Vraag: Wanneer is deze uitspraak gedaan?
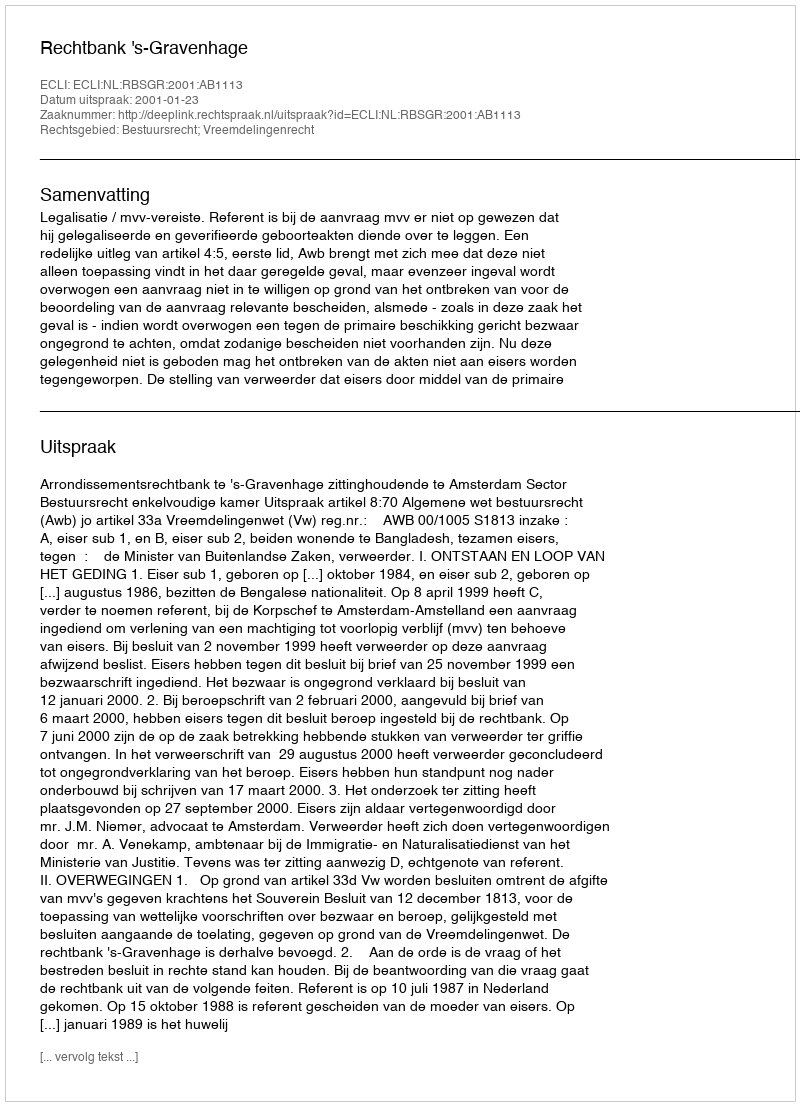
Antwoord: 2001-01-23